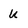
Character: u